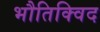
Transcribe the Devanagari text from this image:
भौतिक्विद